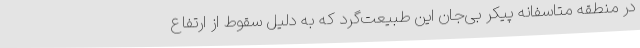
در منطقه متاسفانه پیکر بی‌جان این طبیعت‌گرد که به دلیل سقوط از ارتفاع